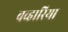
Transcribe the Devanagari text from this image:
बव्हारिया